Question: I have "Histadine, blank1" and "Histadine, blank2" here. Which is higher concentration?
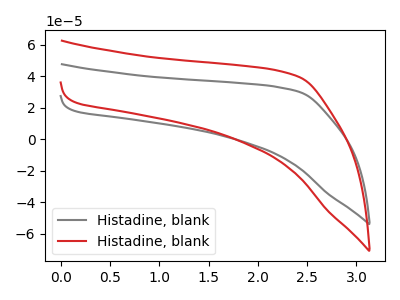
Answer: <think>The gray curve "Histadine, blank1" has no peaks. The red curve "Histadine, blank2" has no peaks.
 Neither "Histadine, blank1" or "Histadine, blank2" have any peaks.</think>
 <answer>I cant tell if "Histadine, blank1" or "Histadine, blank2" has higher concentration.</answer>
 <eval>mixed_concentration</eval>